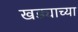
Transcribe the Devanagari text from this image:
खड्याच्या